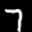
Label: 7